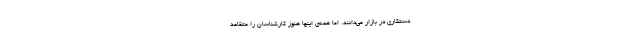
دستکاری در بازار می‌دانند. اما همه‌ی اینها هنوز کارشناسان را متقاعد